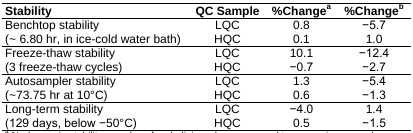
| Stability | QC Sample | %Changea | %Changeb |
 | --- | --- | --- | --- |
 | Benchtop stability | LQC | 0.8 | -5.7 |
 | (~ 6.80 hr, in ice-cold water bath) | HQC | 0.1 | 1.0 |
 | Freeze-thaw stability | LQC | 10.1 | -12.4 |
 | (3 freeze-thaw cycles) | HQC | -0.7 | -2.7 |
 | Autosampler stability | LQC | 1.3 | -5.4 |
 | (~73.75 hr at 10°C) | HQC | 0.6 | -1.3 |
 | Long-term stability | LQC | -4.0 | 1.4 |
 | (129 days, below -50°C) | QC | 0.5 | -1.5 |